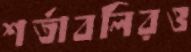
শর্তাবলিরও